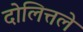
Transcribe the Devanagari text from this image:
दोलित्तले